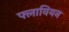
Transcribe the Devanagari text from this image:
फ्लावियन